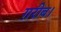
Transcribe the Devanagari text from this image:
ग़रीब।